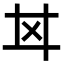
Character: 𢌰